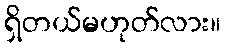
ရှိတယ်မဟုတ်လား။